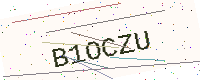
Text: B1OCZU